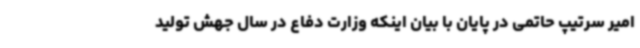
امیر سرتیپ حاتمی در پایان ‌با بیان اینکه وزارت دفاع در سال جهش تولید